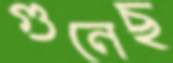
গুনেছ